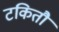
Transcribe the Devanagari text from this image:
टकितौ